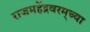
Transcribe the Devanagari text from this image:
राजमहेंद्रवरम्‌च्या